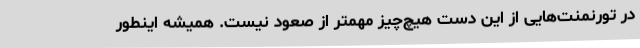
در تورنمنت‌هایی از این دست هیچ‌چیز مهمتر از صعود نیست. همیشه اینطور